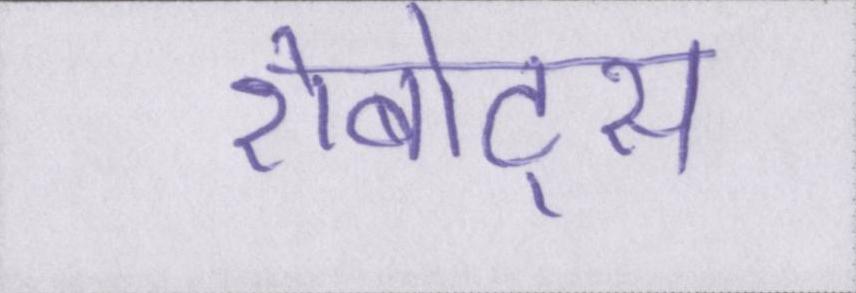
रोबोट्स